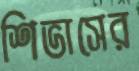
শিভাসের